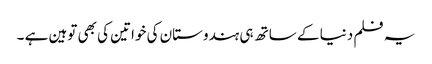
یہ فلم دنیا کے ساتھ ہی ہندوستان کی خواتین کی بھی توہین ہے ۔